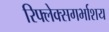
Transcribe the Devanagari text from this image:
रिफ्लेक्सगर्भाशय